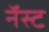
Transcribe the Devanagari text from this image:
नॅस्ट